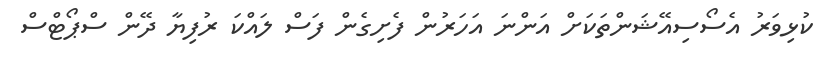
ކުޅިވަރު އެސޯސިއޭޝަންތަކަށް އަންނަ އަހަރުން ފެށިގެން ފަސް ލައްކަ ރުފިޔާ ދޭން ސްޕޯޓްސް